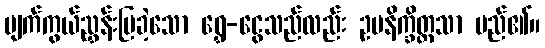
မျက်ကွယ်ညွှန်းပြခဲ့သော ရွှေ-ငွေသည်လည်း ဥပနိက္ခိတ္တသာ မည်၏။